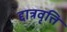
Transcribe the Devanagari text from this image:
द्दात्रवृत्ति